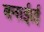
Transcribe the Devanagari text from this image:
बनाई।ई